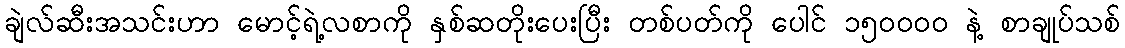
ချဲလ်ဆီးအသင်းဟာ မောင့်ရဲ့လစာကို နှစ်ဆတိုးပေးပြီး တစ်ပတ်ကို ပေါင် ၁၅၀၀၀၀ နဲ့ စာချုပ်သစ်